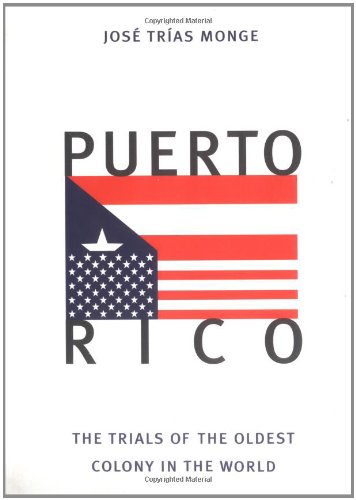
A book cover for Puerto Rico: The Trials of the Oldest Colony in the World; JosÃ© TrÃ­as Monge; History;